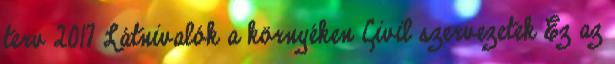
terv 2017 Látnivalók a környéken Civil szervezetek Ez az